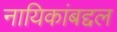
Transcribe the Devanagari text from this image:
नायिकांबद्दल